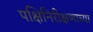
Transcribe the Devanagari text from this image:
पक्षिनिरीक्षणाच्या